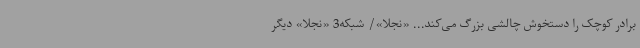
برادر کوچک را دستخوش چالشی بزرگ می‌کند... «نجلا»/ شبکه3 «نجلا» دیگر